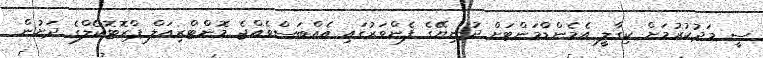
ސީ މަދުކުރުމަށް ކިގާލީ އެމެންޑްމަންޓަށް ދުނިޔޭގެ ފެންވަރުގައި އެއްބަސްވެއްޖެ މޮންޓްރިއަލް ޕްރޮޓޮކޯލްގެ ދަށުން